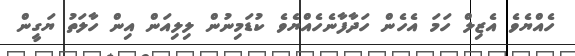
ހެއްޔެވެ އެޒިލް ހަމަ އެހެން ހަދާފާނެހެއްޔެވެ ކުޑަމިނުން ލިލިއަން އިން ހާލަތު ޔަގީން